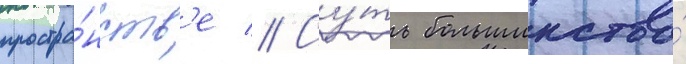
простра́нств'е // Су́ть большинства́